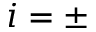
i = \pm